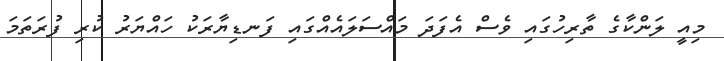
މިއީ ލަންކާގެ ތާރިހުގައި ވެސް އެފަދަ މައްސަލައެއްގައި ފަނޑިޔާރަކު ހައްޔަރު ކުރި ފުރަތަމަ